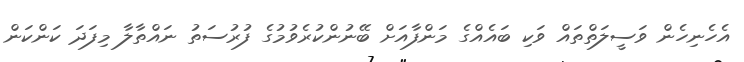
އެހެނިހެން ވަސީލަތްތައް ވަކި ބައެއްގެ މަންފާއަށް ބޭނުންކުރެވުމުގެ ފުރުސަތު ނައްތާލާ މިފަދަ ކަންކަން